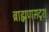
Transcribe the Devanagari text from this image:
ब्राह्मणसदृश